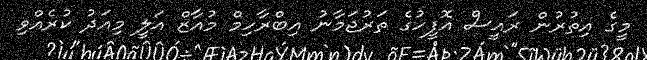
މީގެ އިތުރުން ރައީސް އޮފީހުގެ ތަރުޖަމާނު އިބްރާހިމް މުއާޒް އަލީ މިއަދު ކުރެއްވި